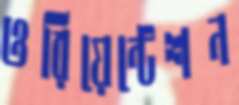
ওরিয়েন্টেশন